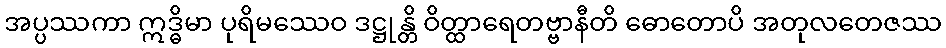
အပ္ပဿကာ ဣဒ္ဓိမာ ပုရိမဿေဝ ဒဋ္ဌုန္တိ ဝိတ္ထာရေတဗ္ဗာနီတိ ဓောတောပိ အတုလတေဇဿ